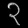
Digit: ၃